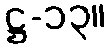
ဋ္ဌ-၁၃။